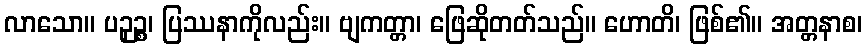
လာသော။ ပဉှဉ္စ၊ ပြဿနာကိုလည်း။ ဗျကတ္တာ၊ ဖြေဆိုတတ်သည်။ ဟောတိ၊ ဖြစ်၏။ အတ္တနာစ၊